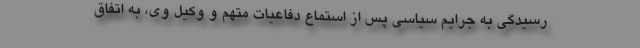
رسیدگی به جرایم سیاسی پس از استماع دفاعیات متهم و وکیل وی، به اتفاق